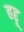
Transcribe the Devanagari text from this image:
हद्दू